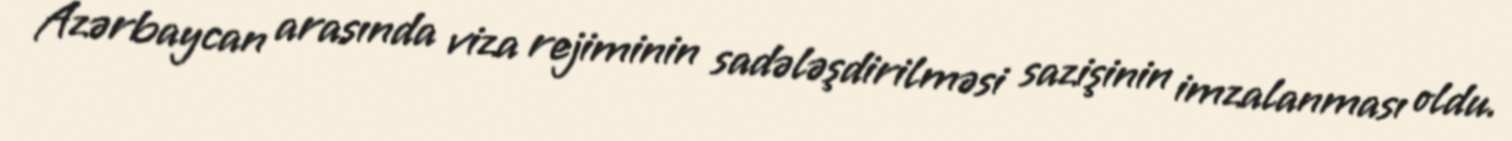
Azərbaycan arasında viza rejiminin sadələşdirilməsi sazişinin imzalanması oldu.